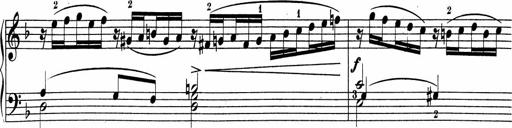
Title: 5 Sonatinen fÃ¼r die Jugend
Composer: Carl Reinecke